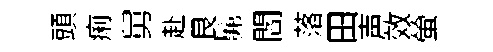
頭痢舅赴艮髴閻落田声效螢